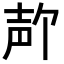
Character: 𪤲